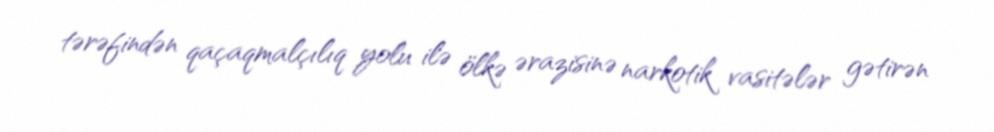
tərəfindən qaçaqmalçılıq yolu ilə ölkə ərazisinə narkotik vasitələr gətirən